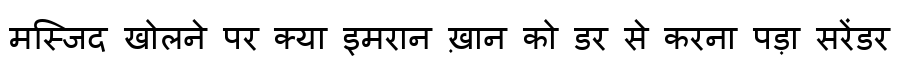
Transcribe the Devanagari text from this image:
मस्जिद खोलने पर क्या इमरान ख़ान को डर से करना पड़ा सरेंडर